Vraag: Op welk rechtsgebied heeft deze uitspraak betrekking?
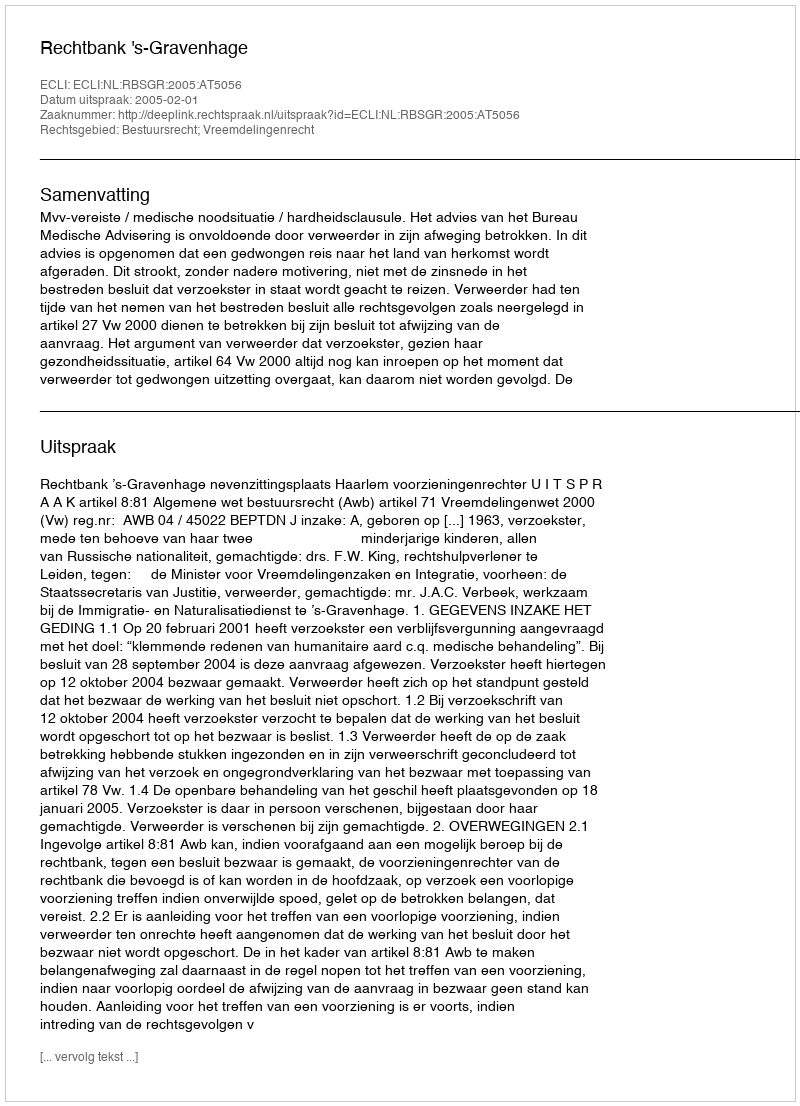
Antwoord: Bestuursrecht; Vreemdelingenrecht